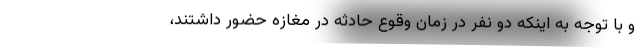
و با توجه به اینکه دو نفر در زمان وقوع حادثه در مغازه حضور داشتند،